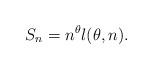
LaTeX: \begin{align*}S_n=n^\theta l(\theta,n).\end{align*}